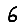
Digit: 6